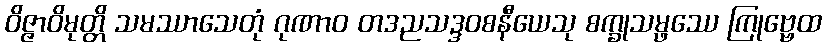
ဝိဇ္ဇာဝိမုတ္တိ သမဿာသေတုံ ဂုဏာဝ တဒညသဒ္ဒဝစနီယေသု စက္ခုသမ္ဖဿေ ကြုဗ္ဗေထ